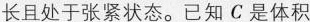
长且处于张紧状态。已知C是体积